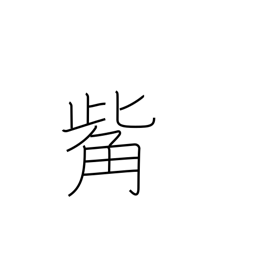
Meaning: beak